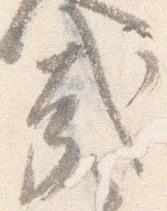
哉